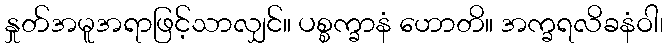
နှုတ်အမူအရာဖြင့်သာလျှင်။ ပစ္စက္ခာနံ ဟောတိ။ အက္ခရလိခနံဝါ၊